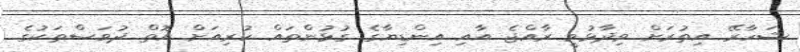
ޝަހާރޭ އިތުރަށް ވިދާޅުވީ ރާއްޖެ އާއި އިންޑިޔާގެ ގުޅުންތައް ކުރިއަށް އޮތް ދުވަސްތަކުގެ